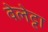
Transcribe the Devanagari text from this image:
वेलेट्टा